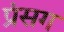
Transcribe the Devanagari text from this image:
प्रंसग